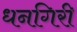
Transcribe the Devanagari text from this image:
धनगिरी